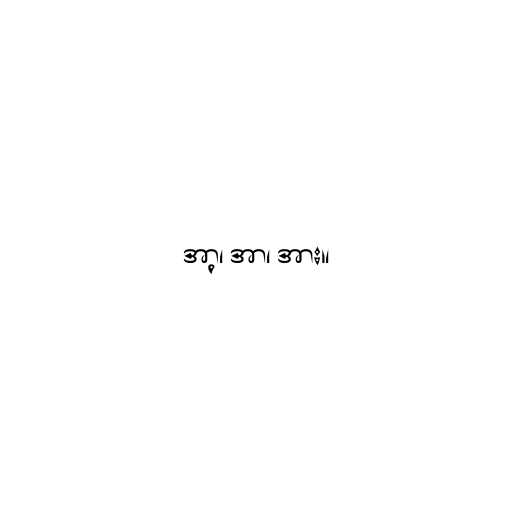
အာ့၊ အာ၊ အား။